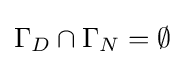
{\textstyle \Gamma _{D}\cap \Gamma _{N}=\emptyset }